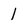
Character: 1